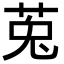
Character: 莵